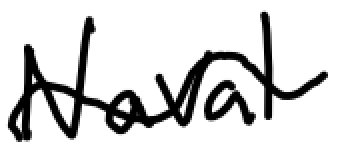
Text: Naval
Cross-out: wave
Writing tool: digital_black